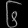
Digit: ၆